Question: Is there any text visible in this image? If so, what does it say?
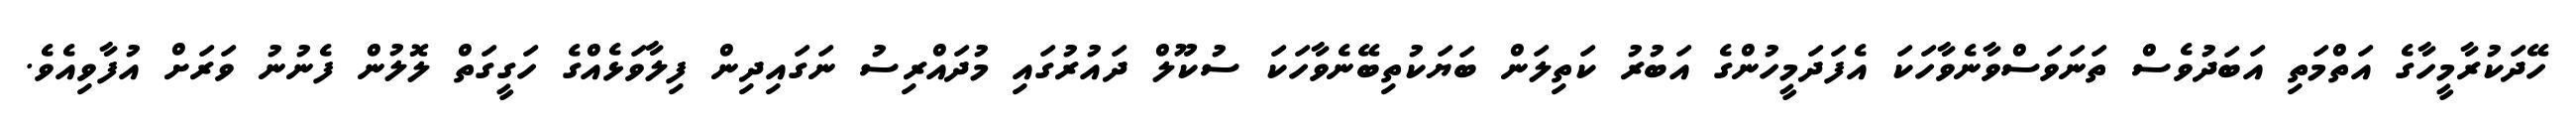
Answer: ހޭދަކުރާމީހާގެ އަތްމަތި އަބަދުވެސް ތަނަވަސްވާނެވާހަކަ އެފަދަމީހުންގެ އަބުރު ކަތިލަން ބަޔަކުތިބޭނެވާހަކަ ސުކޫލް ދައުރުގައި މުދައްރިސު ނަގައިދިން ފިލާވަޅެއްގެ ހަގީގަތް ލޮލުން ފެނުނު ވަރަށް އުފާވިއެވެ.